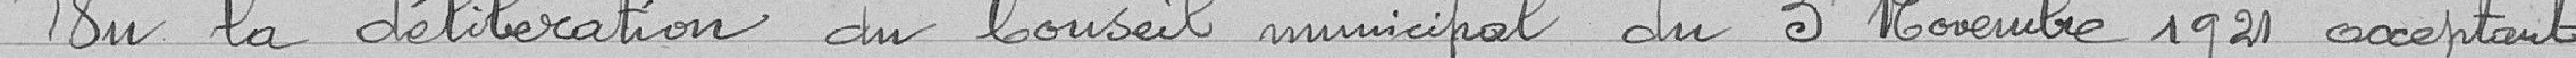
Vu la délibération du Conseil municipal du 3 Novembre 1921 acceptant